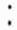
: